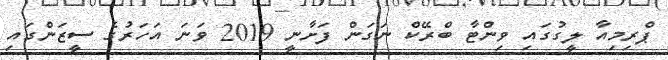
ޕްރިމިއާ ލީގުގައި ވިންޓާ ބްރޭކް ނަގަން ފަށާނީ 2019 ވަނަ އަހަރުގެ ސީޒަންގައި